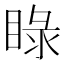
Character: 睩